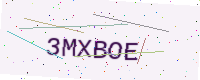
Text: 3MXBOE